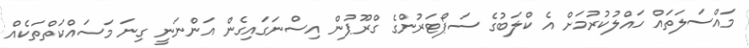
މައްސަލަތައް ހައްލުކުރުމަށް އެ ކްލަބުގެ ސަޕޯޓަރުންގެ ގްރޫޕުން އިސްނަގައިގެން އަންނަނީ ގިނަ މަސައްކަތްތަކެއް